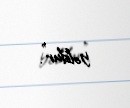
yoldur”.